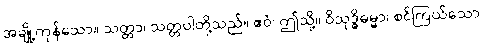
အချို့ကုန်သော။ သတ္တာ၊ သတ္တဝါတို့သည်။ ဧဝံ၊ ဤသို့။ ဝိသုဒ္ဓိဓမ္မာ၊ စင်ကြယ်သော